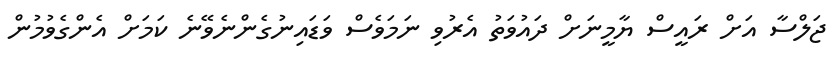
ޖަލްސާ އަށް ރައީސް ޔާމީނަށް ދައުވަތު އެރުވި ނަމަވެސް ވަޑައިނުގެންނެވޭނެ ކަމަށް އެންގެވުމުން